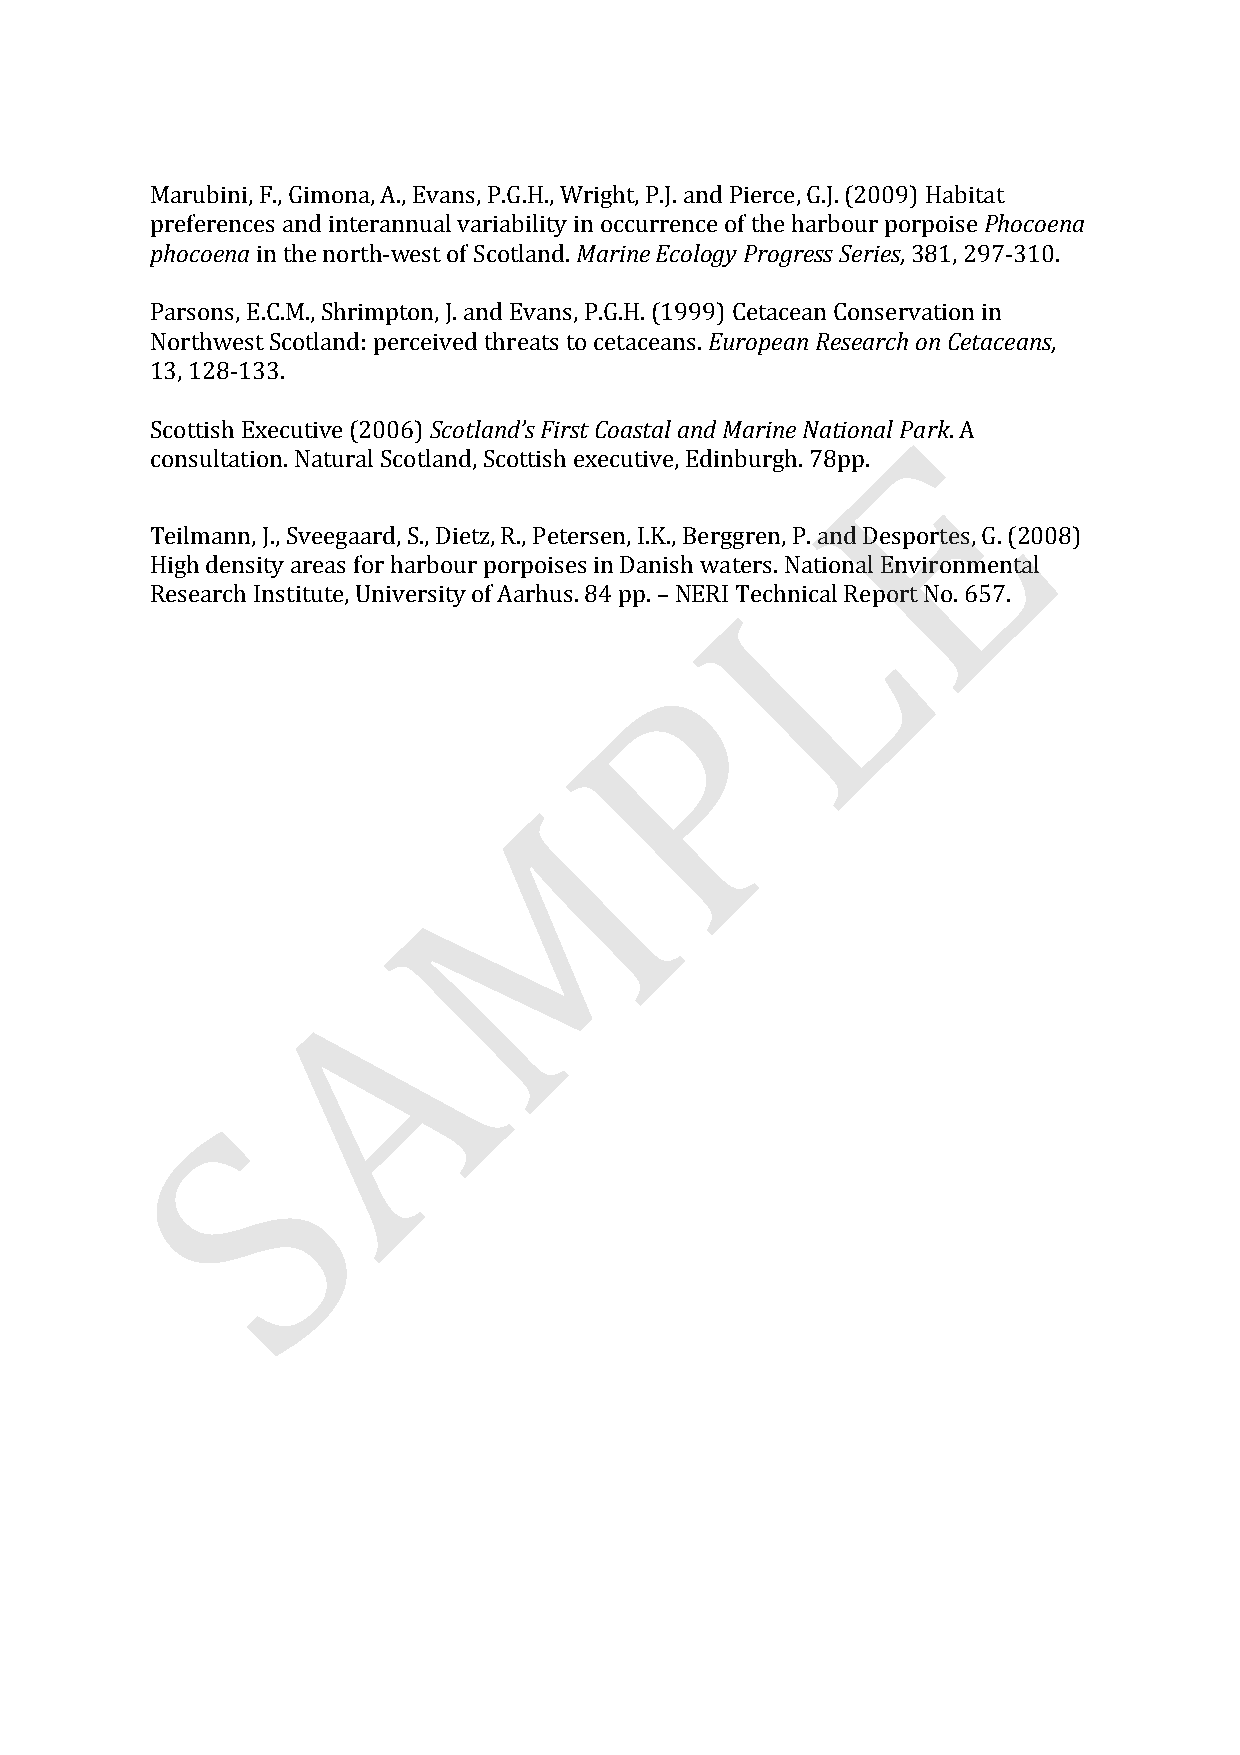
Marubini, F., Gimona, A., Evans, P.G.H., Wright, P.J. and Pierce, G.J. (2009) Habitat
 preferences and interannual variability in occurrence of the harbour porpoise Phocoena
 phocoena in the north-­‐west of Scotland. Marine Ecology Progress Series, 381, 297-­‐310.
 Parsons, E.C.M., Shrimpton, J. and Evans, P.G.H. (1999) Cetacean Conservation in
 Northwest Scotland: perceived threats to cetaceans. European Research on Cetaceans,
 13, 128-­‐133.
 E
 Scottish Executive (2006) Scotland’s First Coastal and Marine National Park. A
 consultation. Natural Scotland, Scottish executive, Edinburgh. 78pp.
 Teilmann, J., Sveegaard, S., Dietz, R., Petersen, I.K., Berggren, P. and Desportes, G. (2008)
 L
 High density areas for harbour porpoises in Danish waters. National Environmental
 Research Institute, University of Aarhus. 84 pp. – NERI Technical Report No. 657.
 P
 M
 A
 S